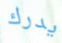
يدرك